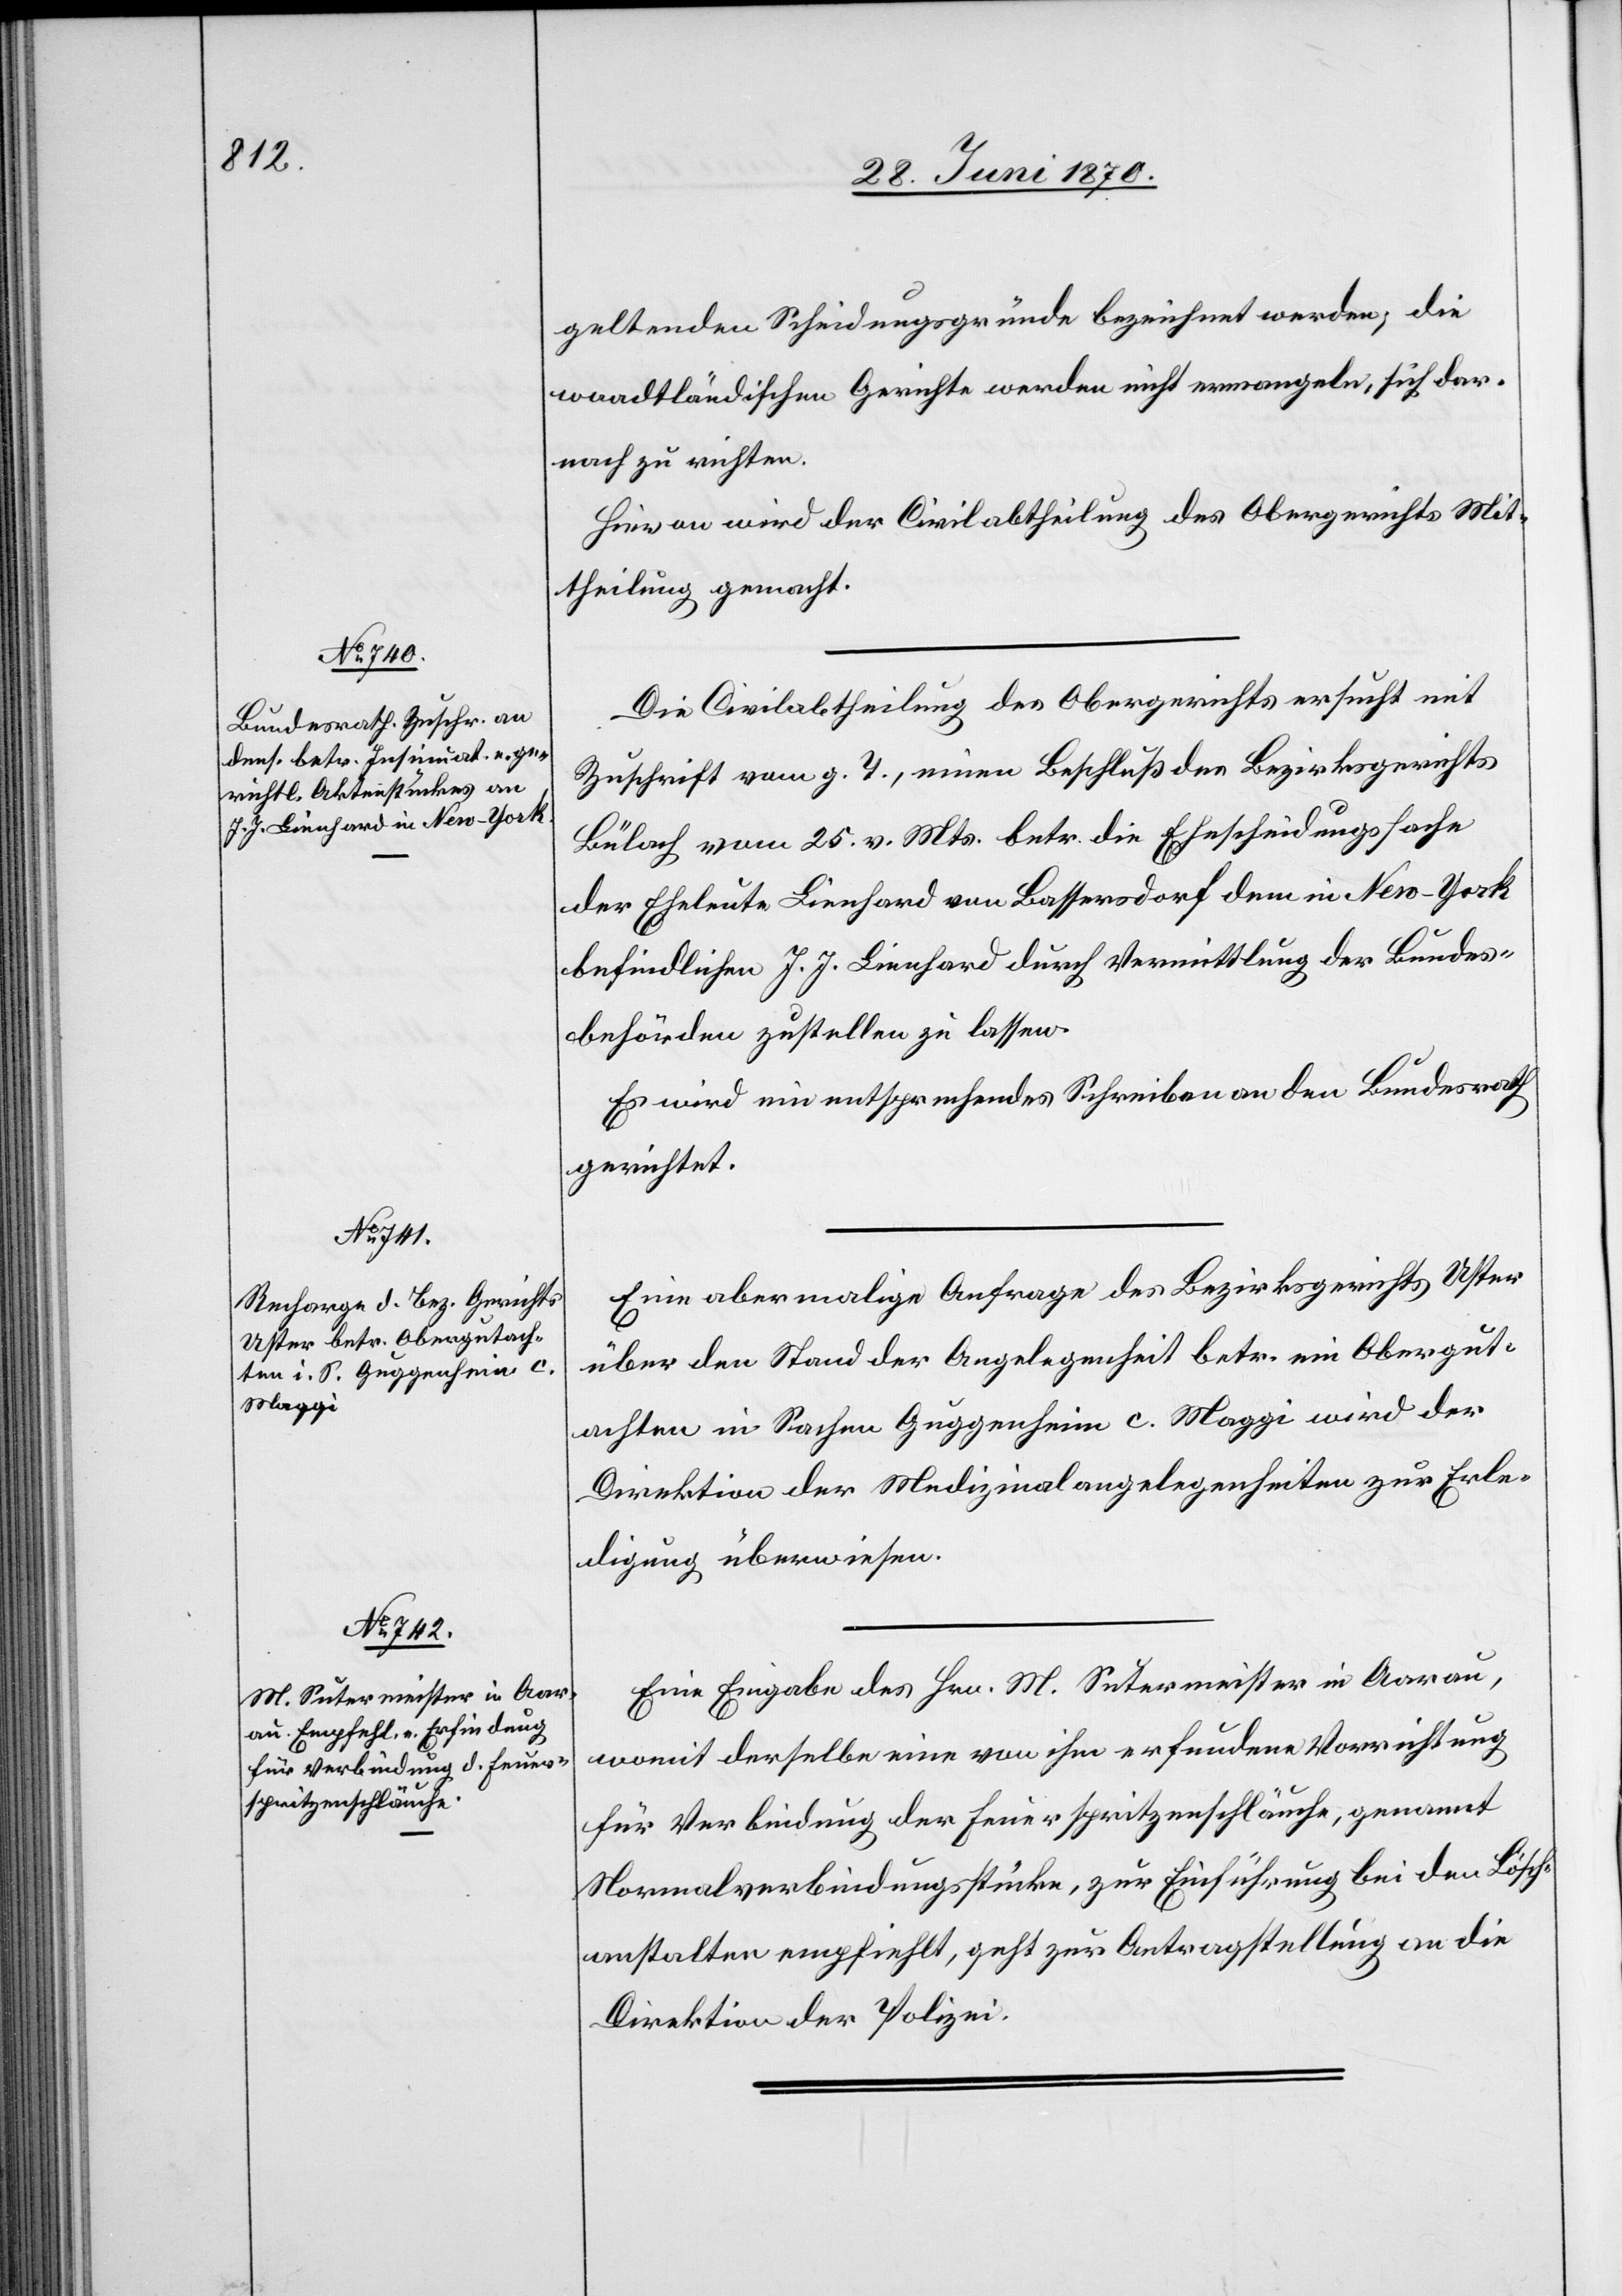
geltenden Scheidungsgründe bezeichnet werden; die
waadtländischen Gerichte werden nicht ermangeln, sich dar¬
nach zu richten.
Hievon wird der Civilabtheilung des Obergerichts Mit¬
theilung gemacht.
Die Civilabtheilung des Obergerichts ersucht mit
Zuschrift vom g. T., einen Beschluß des Bezirksgerichts
Bülach vom 25. v. Mts. betr. die Ehescheidungssache
der Eheleute Lienhard von Bassersdorf dem in New-York
befindlichen J. J. Lienhard durch Vermittlung der Bundes¬
behörden zustellen zu lassen.
Es wird ein entsprechendes Schreiben an den Bundesrath
gerichtet.
Eine abermalige Anfrage des Bezirksgerichts Uster
über den Stand der Angelegenheit betr. ein Obergut¬
achten in Sachen Guggenheim c. Maggi wird der
Direktion der Medizinalangelegenheiten zur Erle¬
digung überwiesen.
Eine Eingabe des Hrn. M. Sutermeister in Aarau,
womit derselbe eine von ihm erfundene Vorrichtung
für Verbindung der Feuerspritzenschläuche, genannt
Normalverbindungsstücke, zur Einführung bei den Lösch¬
anstalten empfiehlt, geht zur Antragstellung an die
Direktion der Polizei.